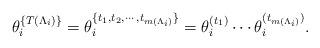
LaTeX: \begin{align*}\theta^{\{ T(\Lambda_i) \}}_i &= \theta^{\{ t_1, t_2, \cdots, t_{m(\Lambda_i)} \}}_i = \theta^{(t_1)}_i \cdots \theta^{{(t_{m(\Lambda_i)})}}_i.\end{align*}